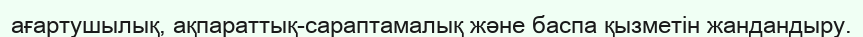
ағартушылық, ақпараттық-сараптамалық және баспа қызметін жандандыру.